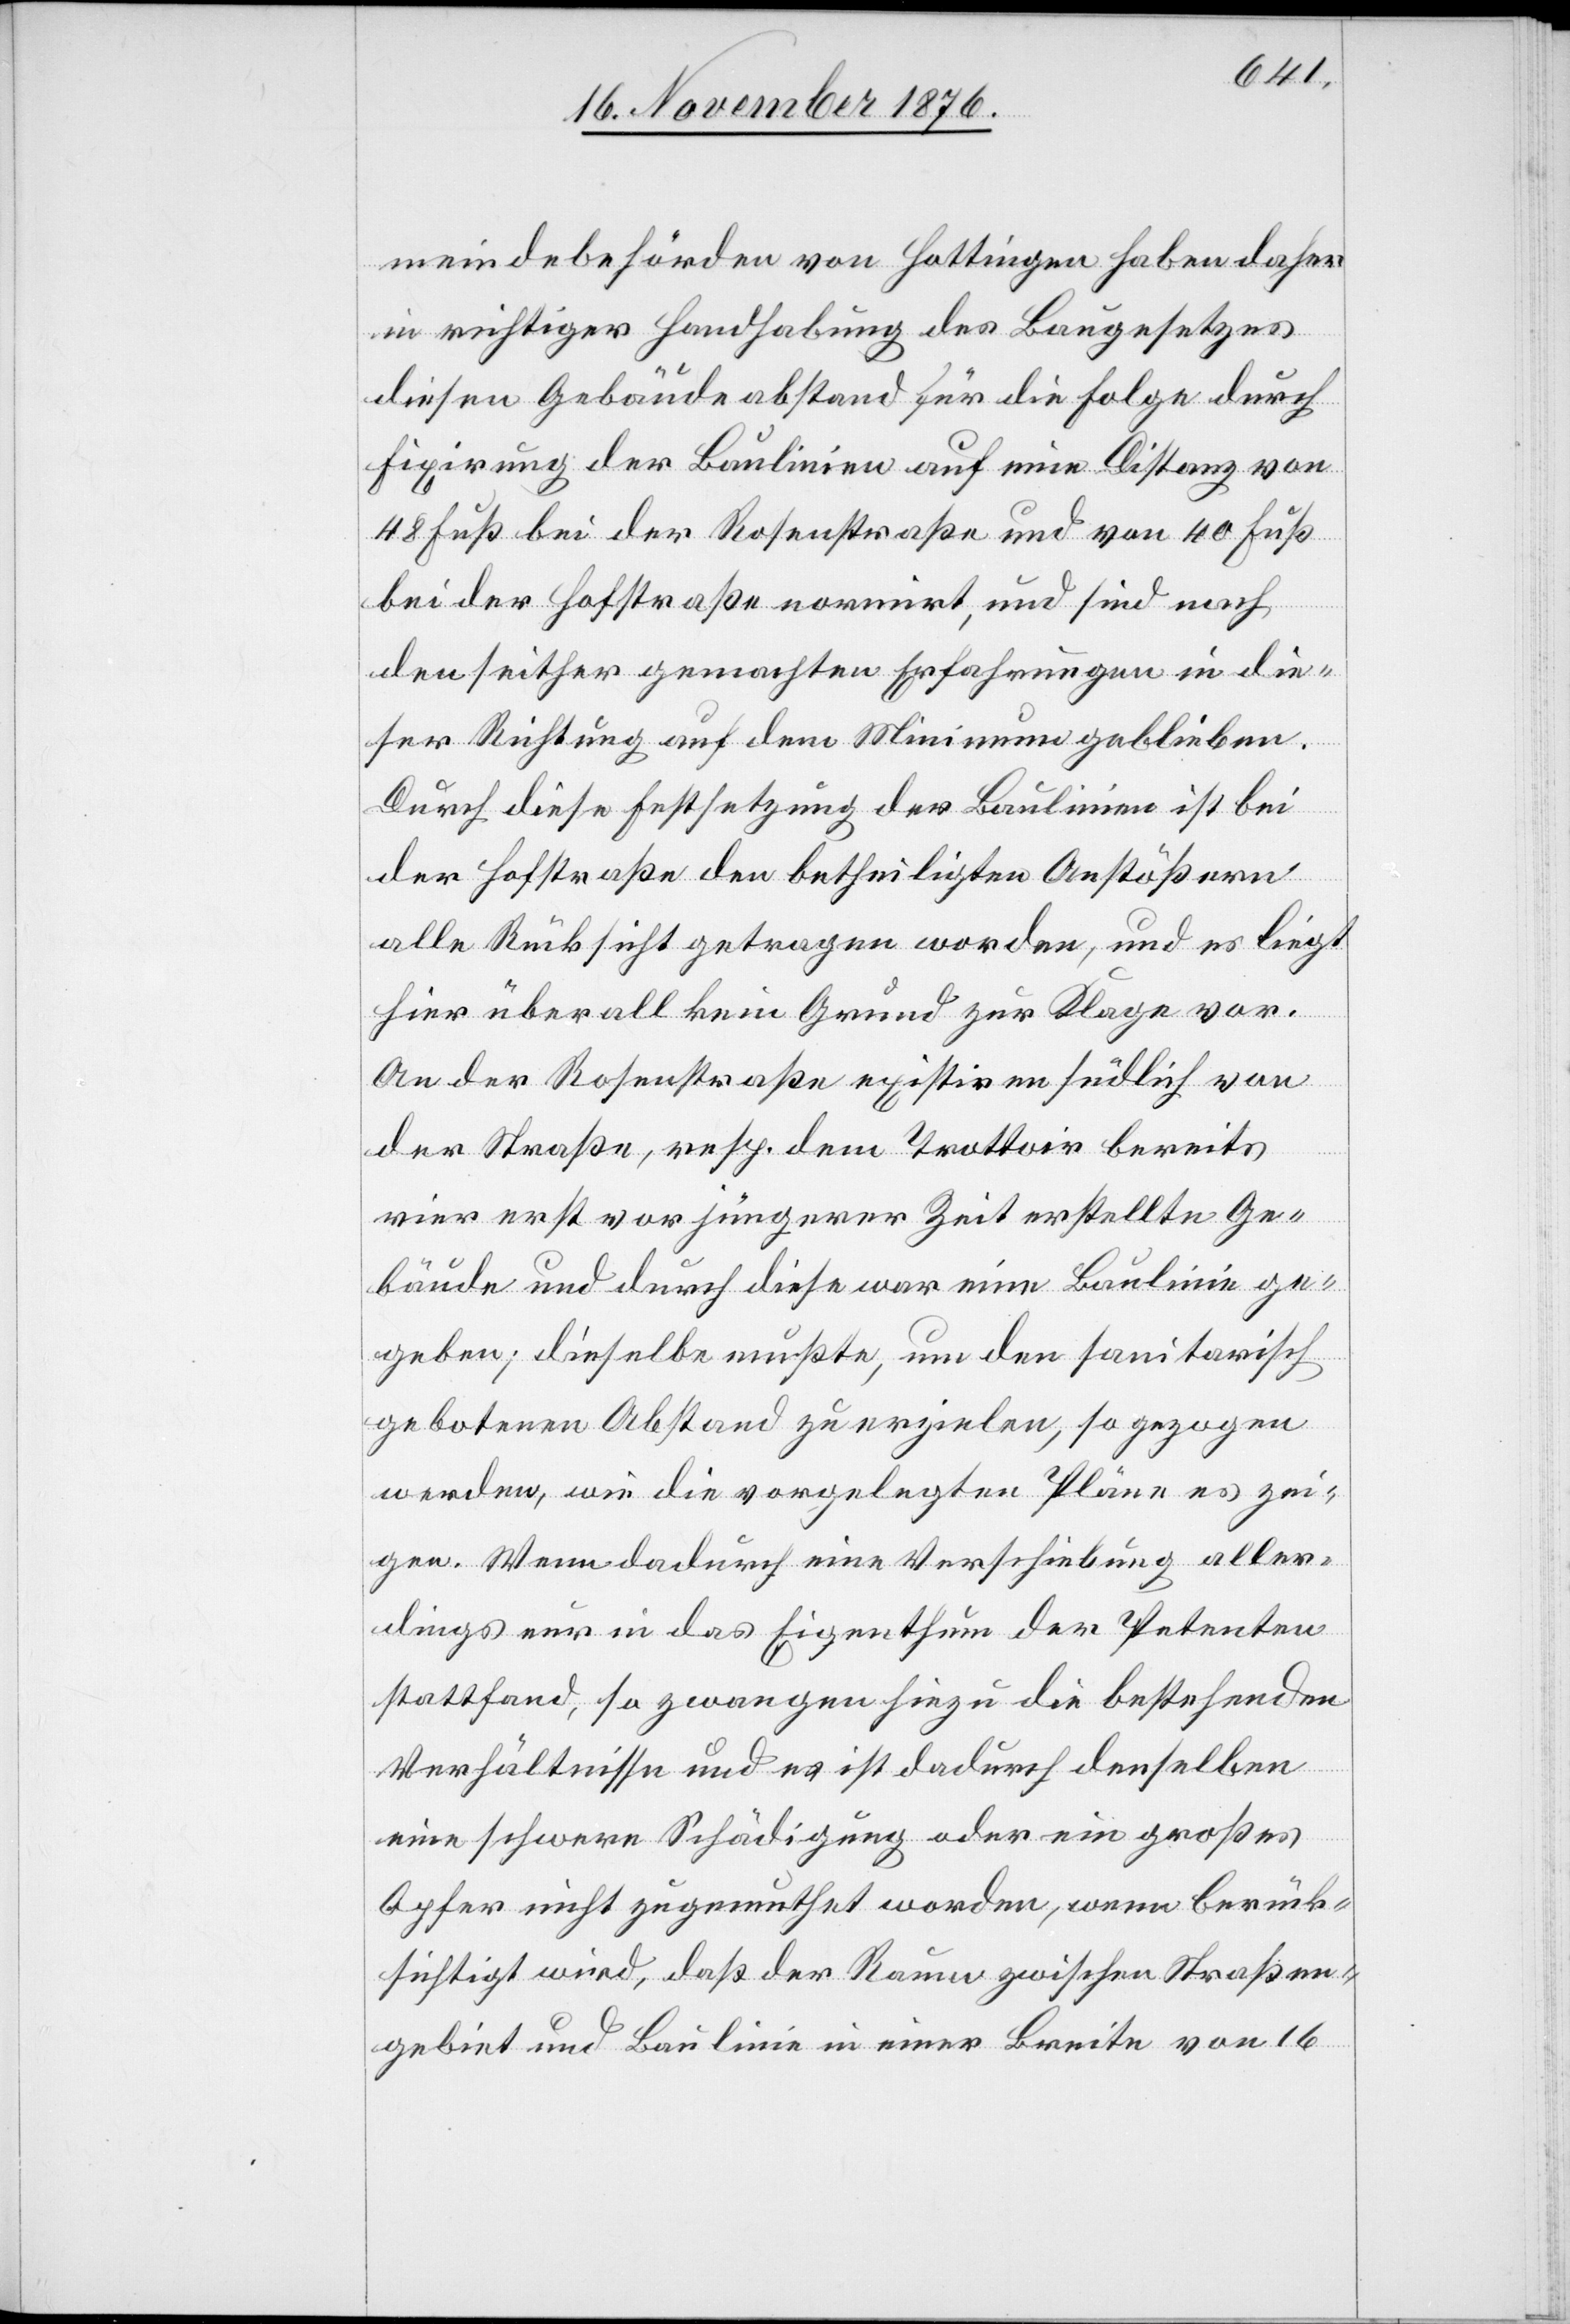
meindebehörden von Hottingen haben daher
in richtiger Handhabung des Baugesetzes
diesen Gebäudeabstand für die Folge durch
Fixierung der Baulinien auf eine Distanz von
48 Fuß bei der Rosenstraße und von 40 Fuß
bei der Hofstraße normirt, und sind nach
den seither gemachten Erfahrungen in die¬
ser Richtung auf dem Minimum geblieben.
Durch diese Festsetzung der Baulinien ist bei
der Hofstraße den betheiligten Anstößern
alle Rücksicht getragen worden, und es liegt
hier überall kein Grund zur Klage vor.
An der Rosenstraße existiren südlich
der Straße, resp. dem Trottoir bereits
vier erst vor jüngerer Zeit erstellte Ge¬
bäude und durch diese war eine Baulinie ge¬
geben; dieselbe mußte, um den sanitarisch
gebotenen Abstand zu erzielen, so gezogen
werden, wie die vorgelegten Pläne es zei¬
gen. Wenn dadurch eine Verschiebung aller¬
dings nur in das Eigenthum der Petenten
stattfand, so zwangen hiezu die bestehenden
Verhältnisse und es ist dadurch denselben
eine schwere Schädigung oder ein großes
Opfer nicht zugemuthet worden, wenn berück¬
sichtigt wird, daß der Raum zwischen Straßen¬
gebiet und Baulinie in einer Breite von 16